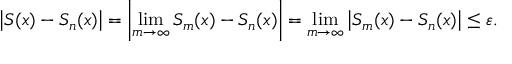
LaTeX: \left| S ( x ) - S _ { n } ( x ) \right| = \left| \operatorname* { l i m } _ { m \to \infty } S _ { m } ( x ) - S _ { n } ( x ) \right| = \operatorname* { l i m } _ { m \to \infty } \left| S _ { m } ( x ) - S _ { n } ( x ) \right| \leq \varepsilon .